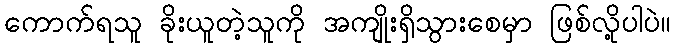
ကောက်ရသူ ခိုးယူတဲ့သူကို အကျိုးရှိသွားစေမှာ ဖြစ်လို့ပါပဲ။